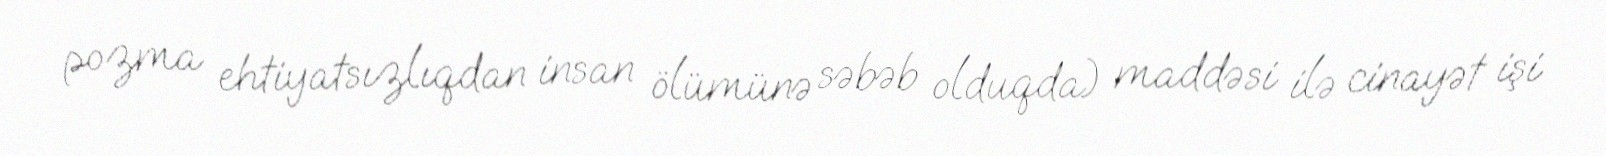
pozma ehtiyatsızlıqdan insan ölümünə səbəb olduqda) maddəsi ilə cinayət işi